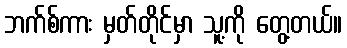
ဘက်စ်ကား မှတ်တိုင်မှာ သူ့ကို တွေ့တယ်။